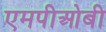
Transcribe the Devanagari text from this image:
एमपीओबी